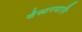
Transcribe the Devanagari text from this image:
वेस्टरमानि